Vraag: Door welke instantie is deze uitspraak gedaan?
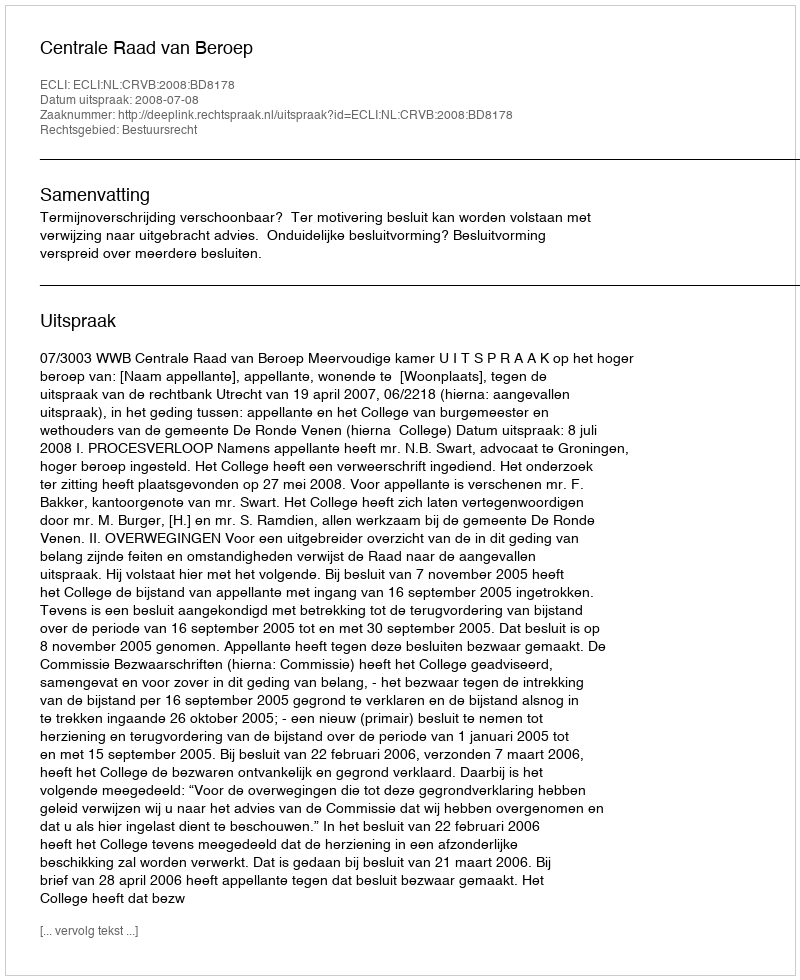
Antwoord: Centrale Raad van Beroep